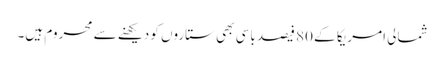
شمالی امریکا کے 80 فیصد باسی بھی ستاروں کو دیکھنے سے محروم ہیں۔